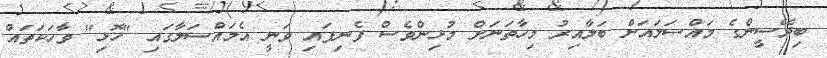
ބިދޭސީންގެ މައްސަލައަށް ބަލާއިރު މިހާތަނަށް މުޅިންވެސް ފެނިފައި ވަނީ އެމައްސަލާގައި "ހޮޅި" ވާހަކަތައް